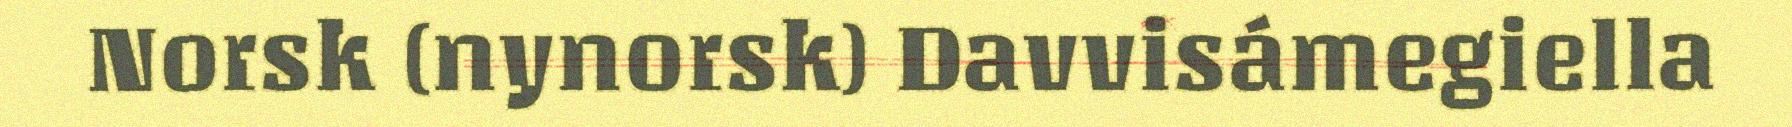
Norsk (nynorsk) Davvisámegiella